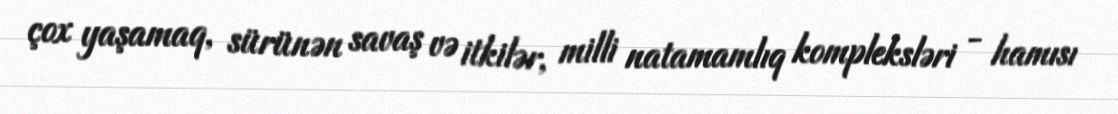
çox yaşamaq, sürünən savaş və itkilər, milli natamamlıq kompleksləri - hamısı